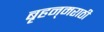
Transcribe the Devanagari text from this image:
बृहन्‌मराठी